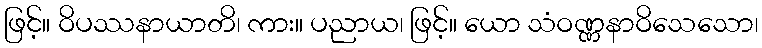
ဖြင့်။ ဝိပဿနာယာတိ၊ ကား။ ပညာယ၊ ဖြင့်။ ယော သံဝဏ္ဏနာဝိသေသော၊